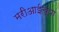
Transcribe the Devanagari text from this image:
मरीआईच्या